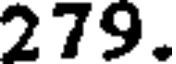
279.